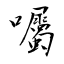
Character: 囑